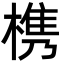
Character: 槜